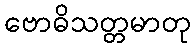
ဗောဓိသတ္တမာတု